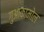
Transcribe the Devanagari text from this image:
गुआकामोल